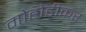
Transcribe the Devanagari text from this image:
मोहोडीकर